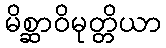
မိစ္ဆာဝိမုတ္တိယာ